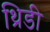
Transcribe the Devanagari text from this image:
थ्रिडी